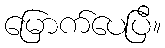
မြောက်ပေပြီ။